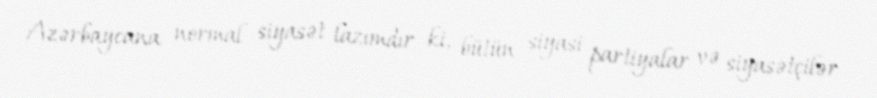
Azərbaycana normal siyasət lazımdır ki, bütün siyasi partiyalar və siyasətçilər